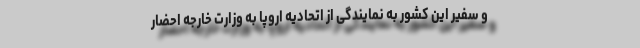
و سفیر این کشور به نمایندگی از اتحادیه اروپا به وزارت خارجه احضار